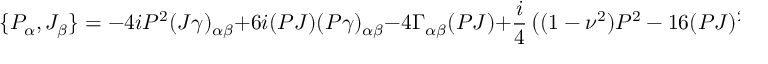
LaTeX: \{ { \cal P } _ { \alpha } , { \cal J } _ { \beta } \} = - 4 i P ^ { 2 } ( J \gamma ) _ { \alpha \beta } + 6 i ( P J ) ( P \gamma ) _ { \alpha \beta } - 4 \Gamma _ { \alpha \beta } ( P J ) + \frac { i } { 4 } \left( ( 1 - \nu ^ { 2 } ) P ^ { 2 } - 1 6 ( P J ) ^ { 2 } \right) \epsilon _ { \alpha \beta } ,